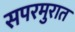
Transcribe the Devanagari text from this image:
सपरमुरात